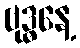
ဗုဒ္ဓနေ့